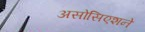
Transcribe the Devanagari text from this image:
असोसिएशने